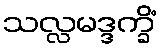
သလ္လမဒ္ဒက္ခိံ